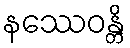
နဿေဝန္တိ